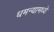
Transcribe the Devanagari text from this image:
धमन्यामध्ये